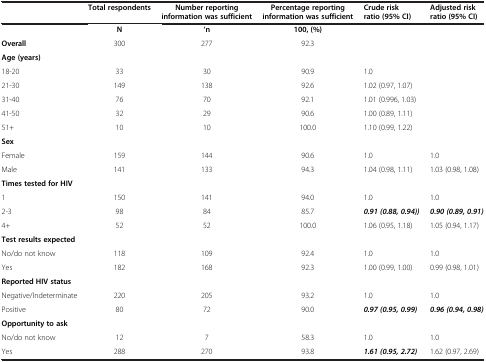
<table><thead><tr><td><b> </b></td><td><b>Total respondents</b></td><td><b>Number reporting information was sufficient</b></td><td><b>Percentage reporting information was sufficient</b></td><td><b>Crude risk ratio (95% CI)</b></td><td><b>Adjusted risk ratio (95% CI)</b></td></tr></thead><tbody><tr><td> </td><td><b>N</b></td><td><b>&#x27;n</b></td><td><b>100, (%)</b></td><td> </td><td> </td></tr><tr><td><b>Overall</b></td><td>300</td><td>277</td><td>92.3</td><td> </td><td> </td></tr><tr><td colspan="6"><b>Age (years)</b></td></tr><tr><td>18-20</td><td>33</td><td>30</td><td>90.9</td><td>1.0</td><td> </td></tr><tr><td>21-30</td><td>149</td><td>138</td><td>92.6</td><td>1.02 (0.97, 1.07)</td><td> </td></tr><tr><td>31-40</td><td>76</td><td>70</td><td>92.1</td><td>1.01 (0.996, 1.03)</td><td> </td></tr><tr><td>41-50</td><td>32</td><td>29</td><td>90.6</td><td>1.00 (0.89, 1.11)</td><td> </td></tr><tr><td>51+</td><td>10</td><td>10</td><td>100.0</td><td>1.10 (0.99, 1.22)</td><td> </td></tr><tr><td><b>Sex</b></td><td> </td><td> </td><td> </td><td> </td><td> </td></tr><tr><td>Female</td><td>159</td><td>144</td><td>90.6</td><td>1.0</td><td>1.0</td></tr><tr><td>Male</td><td>141</td><td>133</td><td>94.3</td><td>1.04 (0.98, 1.11)</td><td>1.03 (0.98, 1.08)</td></tr><tr><td colspan="6"><b>Times tested for HIV</b></td></tr><tr><td>1</td><td>150</td><td>141</td><td>94.0</td><td>1.0</td><td>1.0</td></tr><tr><td>2-3</td><td>98</td><td>84</td><td>85.7</td><td><b><i>0.91 (0.88, 0.94))</i></b></td><td><b><i>0.90 (0.89, 0.91)</i></b></td></tr><tr><td>4+</td><td>52</td><td>52</td><td>100.0</td><td>1.06 (0.95, 1.18)</td><td>1.05 (0.94, 1.17)</td></tr><tr><td colspan="6"><b>Test results expected</b></td></tr><tr><td>No/do not know</td><td>118</td><td>109</td><td>92.4</td><td>1.0</td><td>1.0</td></tr><tr><td>Yes</td><td>182</td><td>168</td><td>92.3</td><td>1.00 (0.99, 1.00)</td><td>0.99 (0.98, 1.01)</td></tr><tr><td colspan="6"><b>Reported HIV status</b></td></tr><tr><td>Negative/Indeterminate</td><td>220</td><td>205</td><td>93.2</td><td>1.0</td><td>1.0</td></tr><tr><td>Positive</td><td>80</td><td>72</td><td>90.0</td><td><b><i>0.97 (0.95, 0.99)</i></b></td><td><b><i>0.96 (0.94, 0.98)</i></b></td></tr><tr><td colspan="6"><b>Opportunity to ask</b></td></tr><tr><td>No/do not know</td><td>12</td><td>7</td><td>58.3</td><td>1.0</td><td>1.0</td></tr><tr><td>Yes</td><td>288</td><td>270</td><td>93.8</td><td><b><i>1.61 (0.95, 2.72)</i></b></td><td>1.62 (0.97, 2.69)</td></tr></tbody></table>